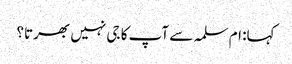
کہا: ام سلمہ سے آپ کا جی نہیں بھرتا؟